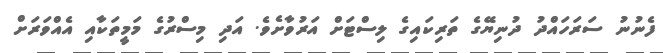
ފެނުނު ސަރަހައްދު ދުނިޔޭގެ ތަރިކައިގެ ލިސްޓަށް އަރުވާށެވެ. އަދި މިސްރުގެ މަމީތަކާއި އެއްވަރަށް